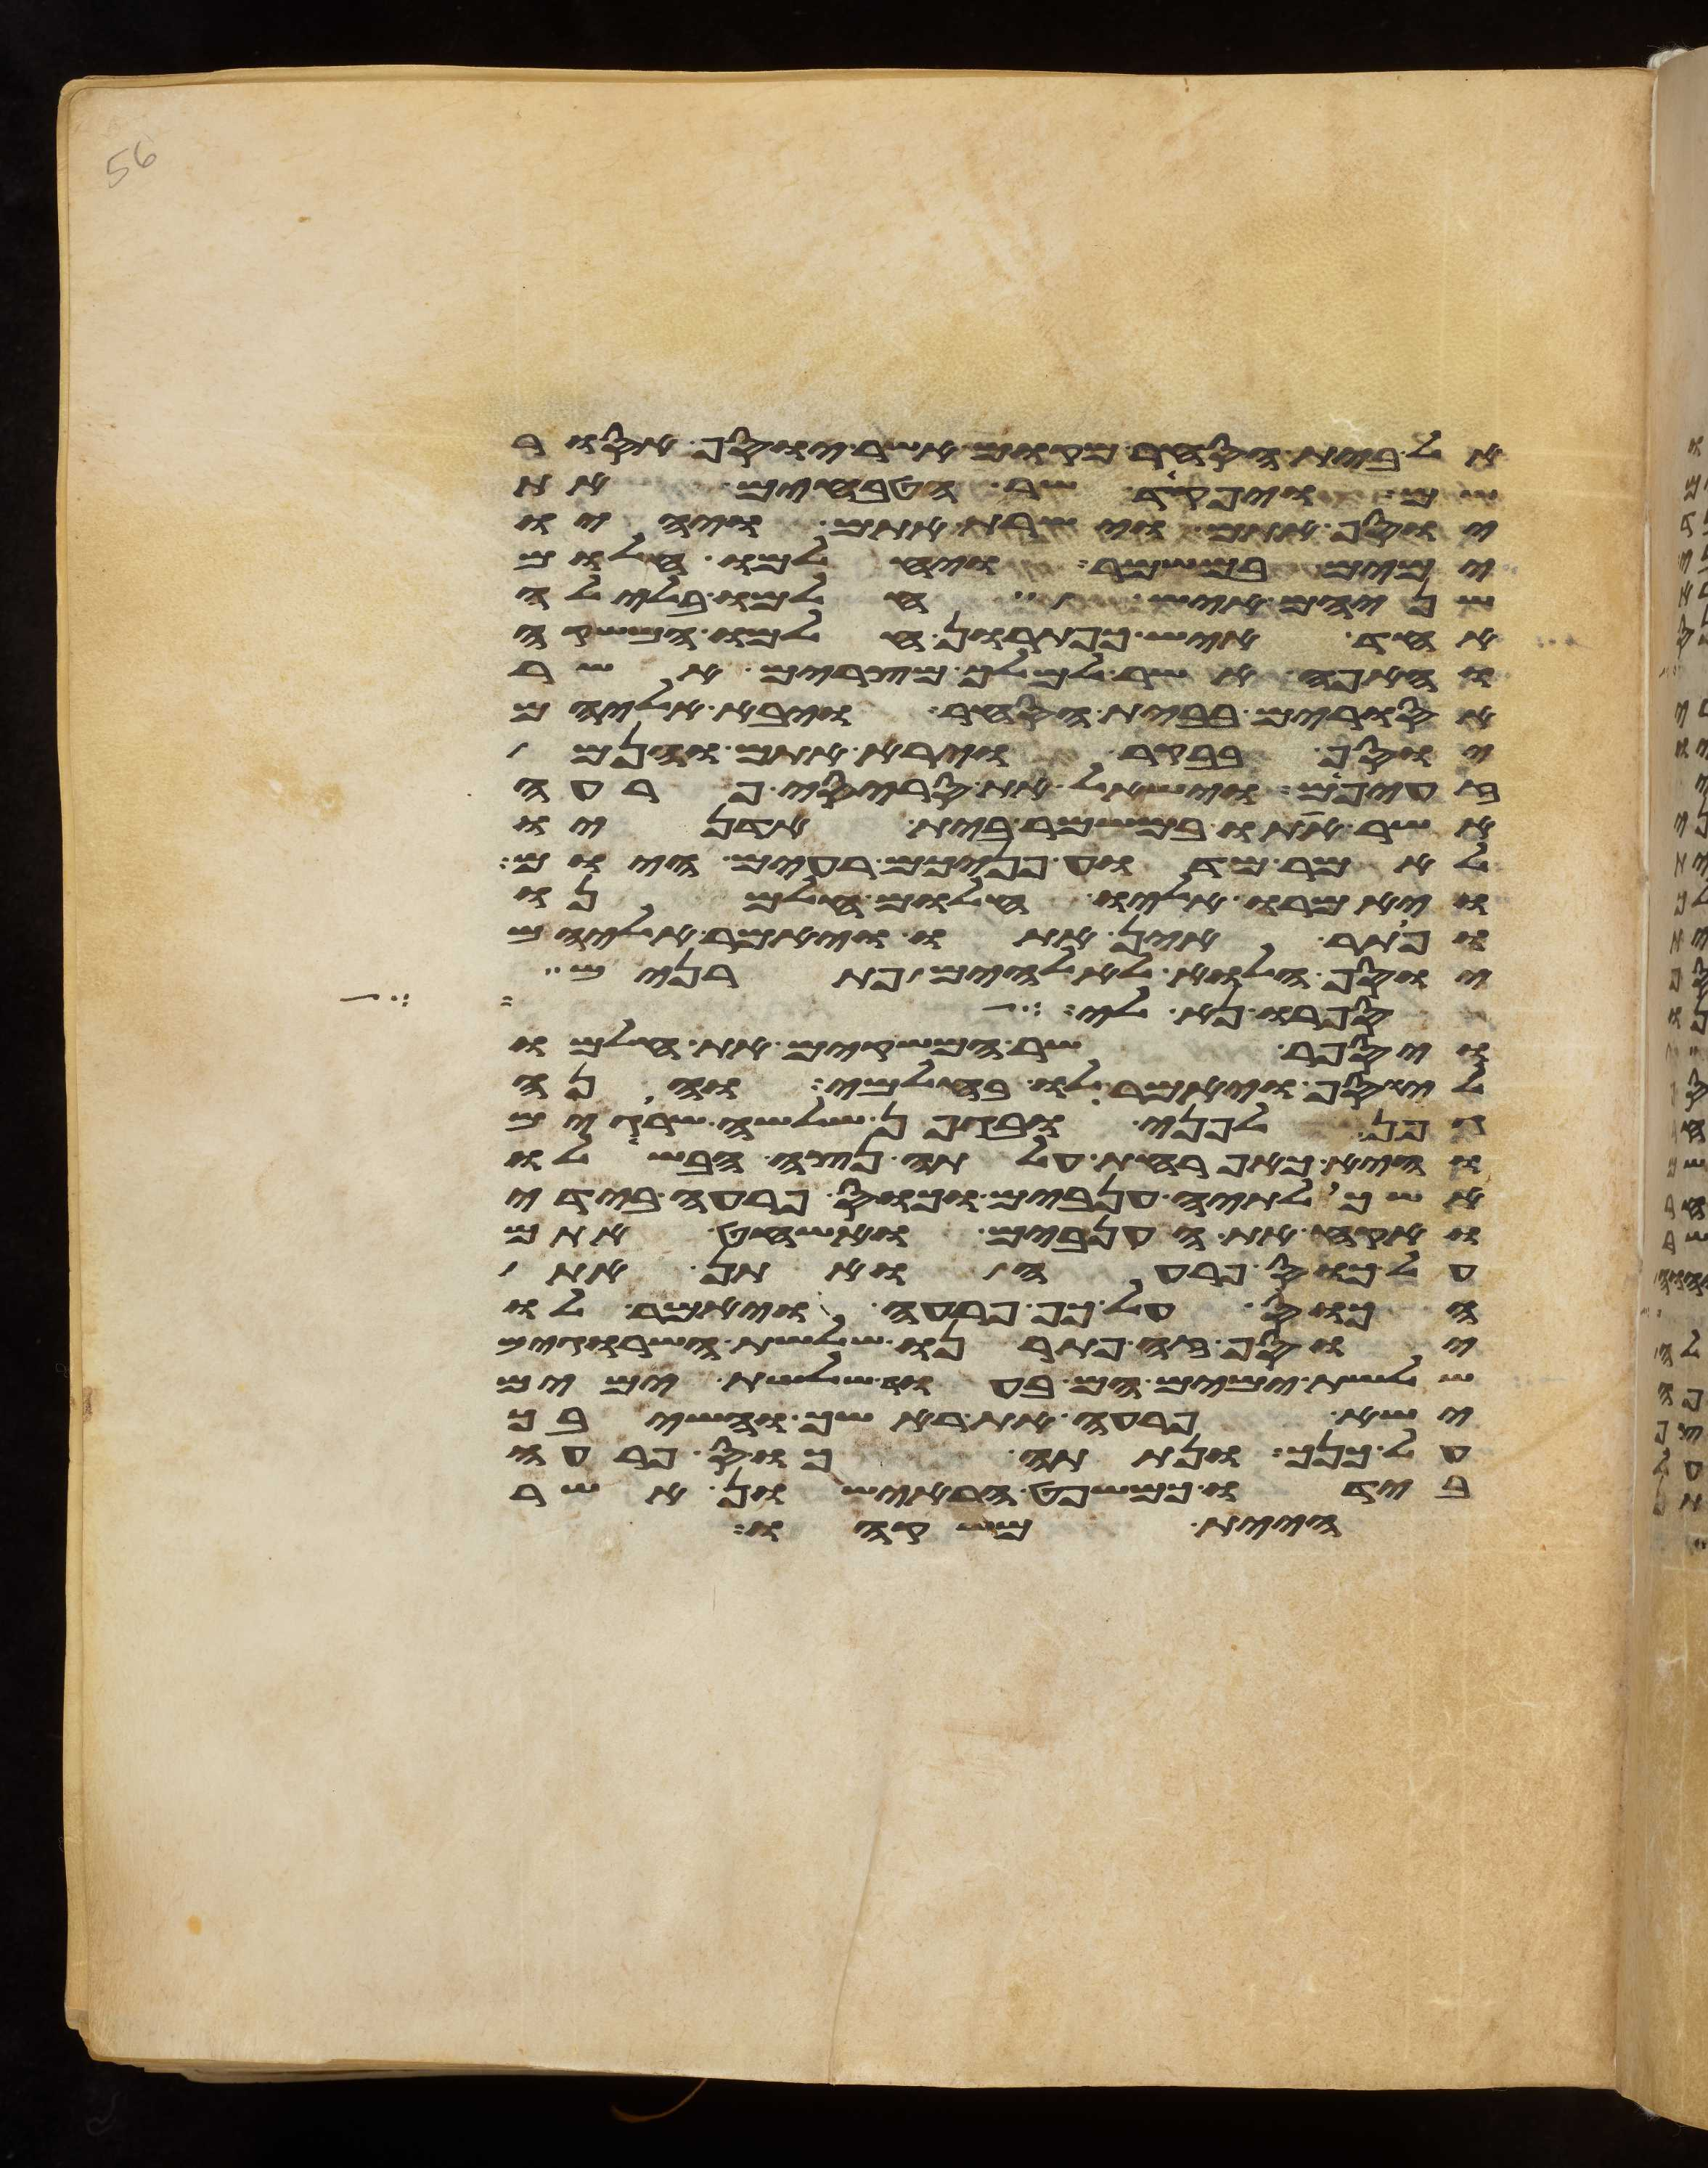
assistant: אל בית הסחר מקום אשר יוסף אסור
ויפקד שר הטבחים את
יוסף אתם וישרת אתם ויהיו
ימים במשמר ויחלמו חלום
שניהם איש חלמו בלילה
אחד איש כפתרון חלמו המשקה
והאפה אשר למלך מצרים אשר
אסורים בבית הסחר ויבא אליהם
יוסף בבקר וירא אתם והנם
זעפים וישאל את סריסי פרעה
אשר אתו במשמר בית אדניו
לאמר מדוע פניכם רעים היום
ויאמרו אליו חלום חלמנו
ופתר אין אתו ויאמר אליהם
יוסף הלוא לאלהים פתרנים
ספרו נא לי
ויספר שר המשקים את חלמו
ליוסף ויאמר לו בחלמי והנה
גפן לפני ובגפן שלשה שרוגים
והיא כאפרחת עלתה נצה הבשילו
אשכלתיה ענבים וכוס פרעה בידי
ואקח את הענבים ואשחט אתם
על כוס פרעה ואתן את
הכוס על כף פרעה ויאמר לו
יוסף זה פתרנו שלשת השרוגים
שלשת ימים הם בעוד שלשת ימים
ישא פרעה את ראשך והשיבך
על כנך ונתתה כוס פרעה
בידו כמשפט הראישון אשר
היית משקהו